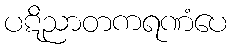
ပဋိညာတကရဏံပေ